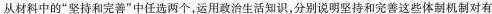
从材料中的“坚持和完善”中任选两个，运用政治生活知识，分别说明坚持和完善这些体制机制对有